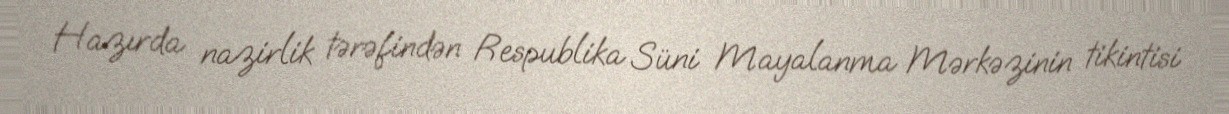
Hazırda nazirlik tərəfindən Respublika Süni Mayalanma Mərkəzinin tikintisi